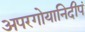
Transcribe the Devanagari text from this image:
अपरगोयानिदीपं